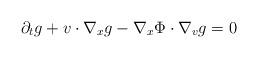
LaTeX: \begin{align*} \partial_t g + v \cdot \nabla_x g - \nabla_x \Phi \cdot \nabla_v g =0\end{align*}